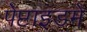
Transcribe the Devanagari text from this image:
पेप्टाइडमें